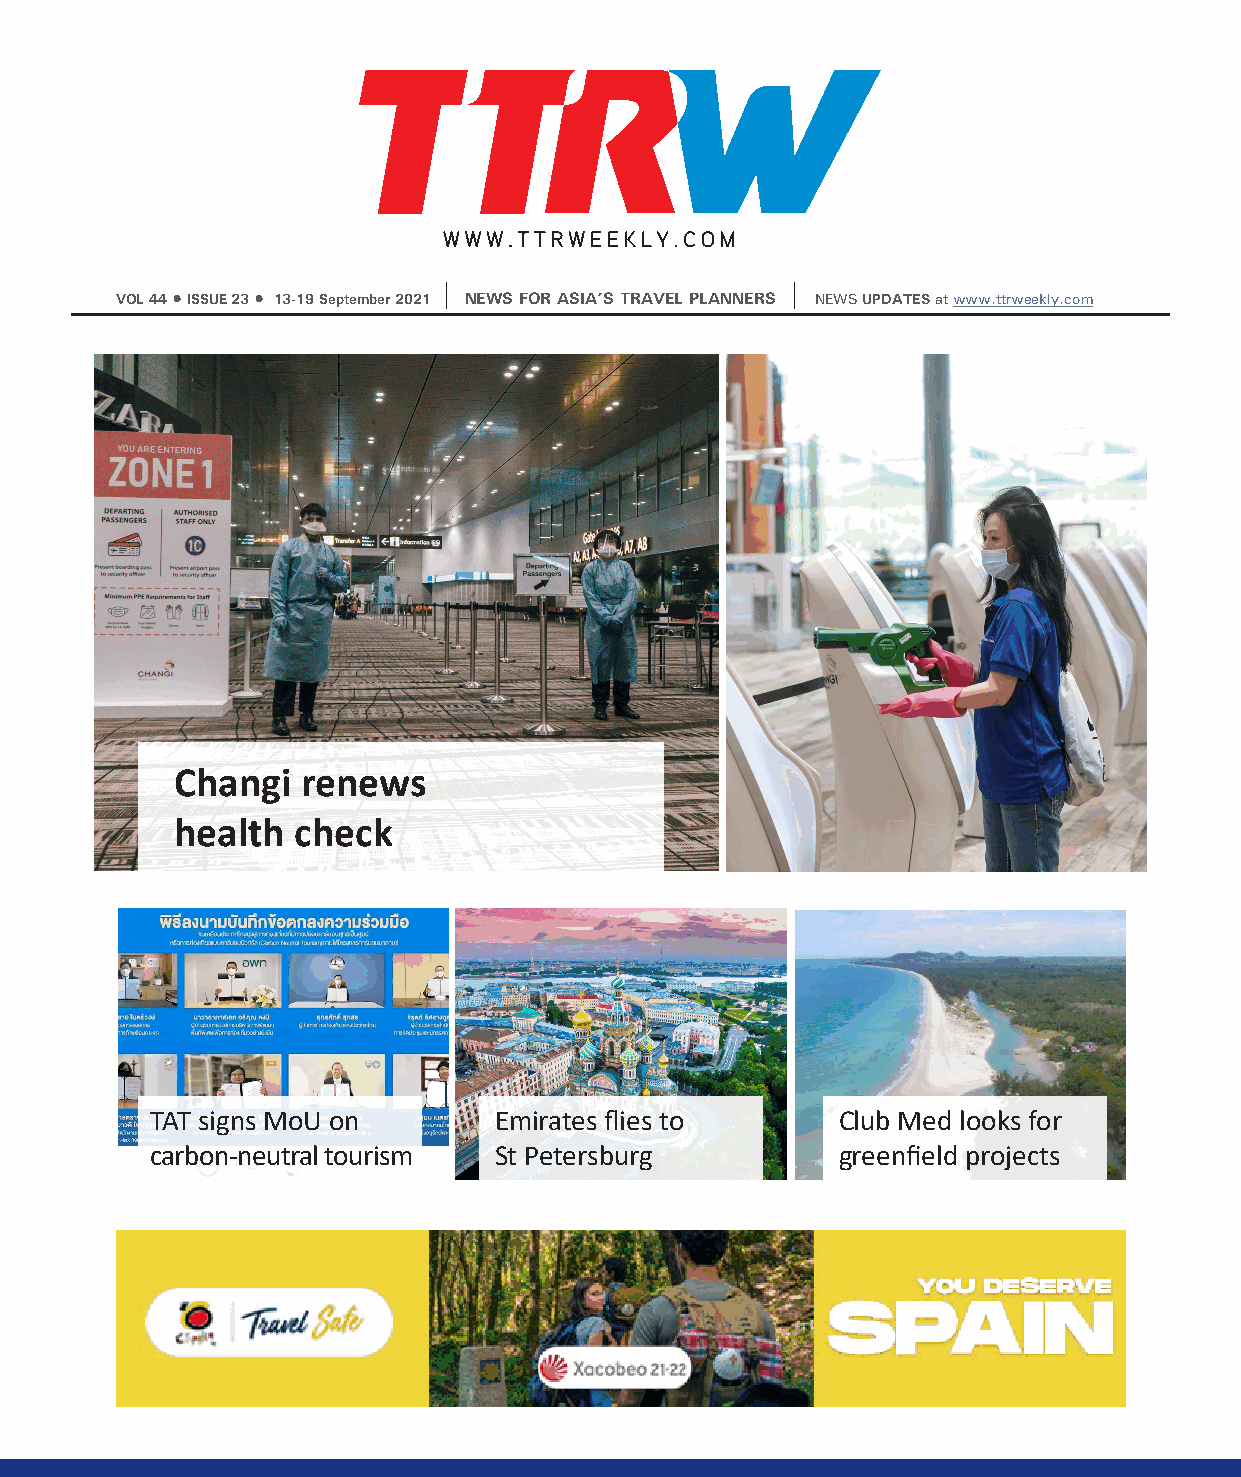
VOL 44 • ISSUE 23 • 13-19 September 2021 NEWS FOR ASIA’S TRAVEL PLANNERS NEWS UPDATES at www.ttrweekly.com
 Changi   renews
 health  check
 TAT signs MoU on       Emirates flies to     Club Med looks for
 carbon-neutral tourism St Petersburg         greenfield projects